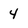
Character: 4